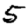
Digit: 5